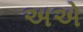
અએ